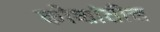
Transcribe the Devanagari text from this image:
कोशांतील